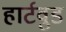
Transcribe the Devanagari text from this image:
हार्टवुड